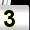
Digit: 3